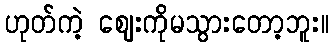
ဟုတ်ကဲ့ ဈေးကိုမသွားတော့ဘူး။